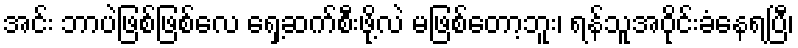
အင်း ဘာပဲဖြစ်ဖြစ်လေ ရှေ့ဆက်စီးဖို့လဲ မဖြစ်တော့ဘူး၊ ရန်သူအဝိုင်းခံနေရပြီ၊